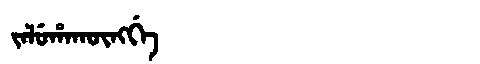
Manchu: ᠵᠠᠯᡠᡥᠠᡴᡡᠩᡤᡝ
Romanization: JALUHAKŪNGGE